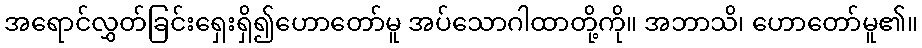
အရောင်လွှတ်ခြင်းရှေးရှိ၍ဟောတော်မူ အပ်သောဂါထာတို့ကို။ အဘာသိ၊ ဟောတော်မူ၏။